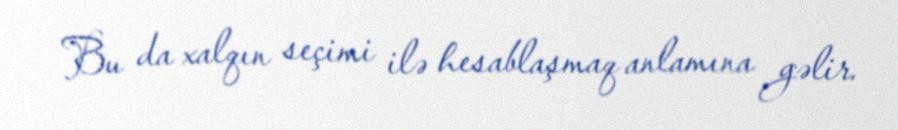
Bu da xalqın seçimi ilə hesablaşmaq anlamına gəlir.